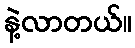
နဲ့လာတယ်။